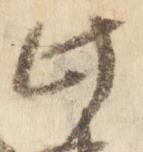
此